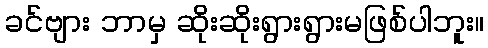
ခင်ဗျား ဘာမှ ဆိုးဆိုးရွားရွားမဖြစ်ပါဘူး။